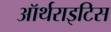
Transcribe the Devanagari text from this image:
ऑर्थराइटिस